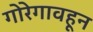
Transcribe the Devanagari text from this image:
गोरेगावहून